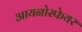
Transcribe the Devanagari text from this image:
आयनोस्फेयर